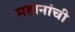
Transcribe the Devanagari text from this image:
महानांची